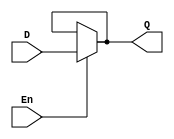
`timescale 1ns / 1ps

module level_sensitive_Dlatch(
    input D,En, 
    output Q
    );
    
    assign Q = En ? D : Q ;
endmodule